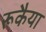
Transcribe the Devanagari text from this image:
रूकैया